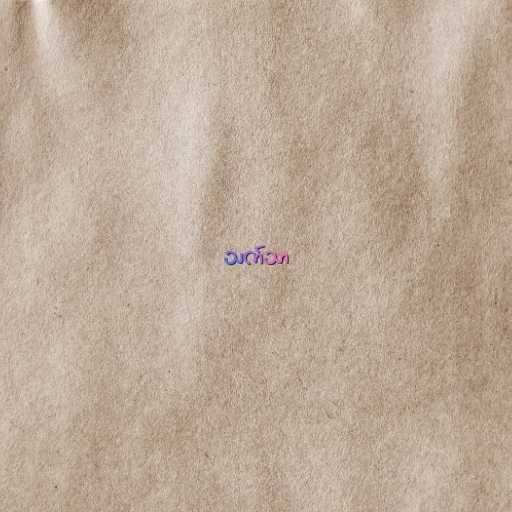
သက်သာ